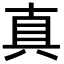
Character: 真